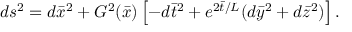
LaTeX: d s ^ { 2 } = d { \bar { x } } ^ { 2 } + G ^ { 2 } ( { \bar { x } } ) \left[ - d { \bar { t } } ^ { 2 } + e ^ { 2 { \bar { t } } / L } ( d { \bar { y } } ^ { 2 } + d { \bar { z } } ^ { 2 } ) \right] .